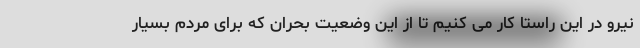
نیرو در این راستا کار می کنیم تا از این وضعیت بحران که برای مردم بسیار